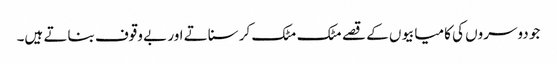
جو دوسروں کی کامیابیوں کے قصے مٹک مٹک کر سناتے اور بے وقوف بناتے ہیں۔